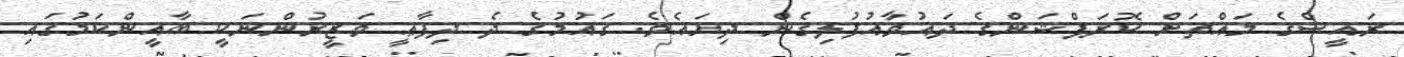
ރައީސްގެ މައްޗަށް ކޮރަޕްޝަންގެ ދައުވާއުފުލިގެން ދިޔައެވެ. ގައުމުގެ ދެ ދިފާޢީ ވަޒީރުންނަކީ ބާޣީންކަމުގައި